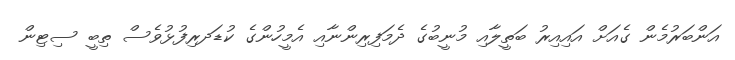
އަންބަރުމެން ގެއަށް އައިއިރު ބަތީލާއި މުނީބުގެ ދެމަފިރިންނާއި އެމީހުންގެ ކުޑަދރިފުޅުވެސް ތިބީ ސިޓިން